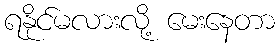
ရနိုင်မလားလို့ မေးနေတာ